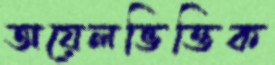
অয়েলভিত্তিক